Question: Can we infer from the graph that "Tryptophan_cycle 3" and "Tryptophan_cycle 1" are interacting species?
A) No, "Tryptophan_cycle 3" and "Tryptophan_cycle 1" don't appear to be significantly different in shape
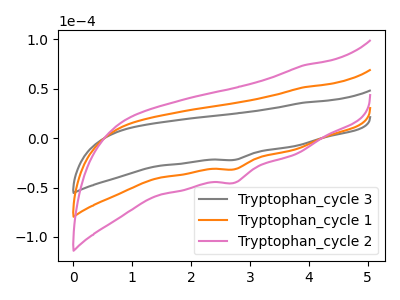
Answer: <think>The gray curve "Tryptophan_cycle 3" has a cathodic peak at: (2.75V, -21.95uA). The orange curve "Tryptophan_cycle 1" has a cathodic peak at: (2.75V, -31.45uA). The pink curve "Tryptophan_cycle 2" has a cathodic peak at: (2.75V, -62.95uA).
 All the peaks in "Tryptophan_cycle 3" have a peak in "Tryptophan_cycle 1" at the same potential. Every peak in "Tryptophan_cycle 3" is lower than every peak in "Tryptophan_cycle 1".</think>
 <answer>A) No, "Tryptophan_cycle 3" and "Tryptophan_cycle 1" don't appear to be significantly different in shape</answer>
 <eval>A</eval>